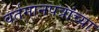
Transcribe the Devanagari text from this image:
वर्तमानपत्रांच्या